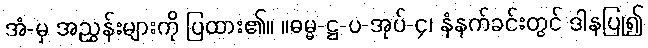
အံ-မှ အညွှန်းများကို ပြထား၏။ ။ဓမ္မ-ဋ္ဌ-ပ-အုပ်-၄၊ နံနက်ခင်းတွင် ဒါနပြု၍